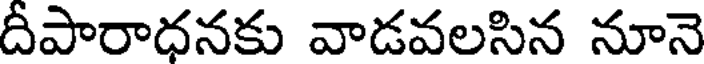
దీపారాధనకు వాడవలసిన నూనె